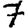
Digit: 7